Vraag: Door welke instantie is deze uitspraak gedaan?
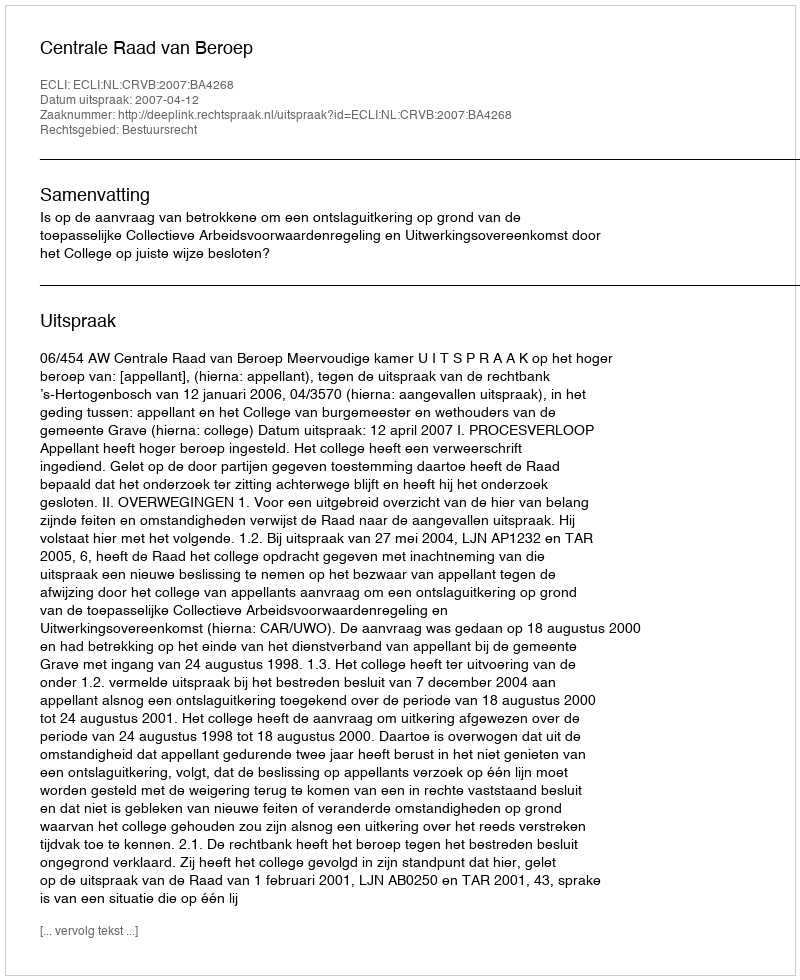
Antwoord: Centrale Raad van Beroep